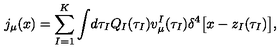
j _ { \mu } ( x ) = \sum _ { I = 1 } ^ { K } \int \! d \tau _ { I } Q _ { I } ( \tau _ { I } ) v _ { \mu } ^ { I } ( \tau _ { I } ) \delta ^ { 4 } \bigl [ x - z _ { I } ( \tau _ { I } ) \bigr ] ,